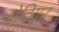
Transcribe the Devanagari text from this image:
येदियुर